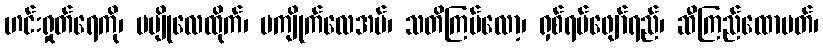
ဟင်းရှုတ်ရေကို၊ မမျိုလေထိုက်၊ မကျိုက်လေအပ်၊ သတိကြပ်လော့၊ ရှစ်ရပ်ဖျော်ရည်၊ ဆီကြည်ထောပတ်၊